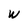
Character: W